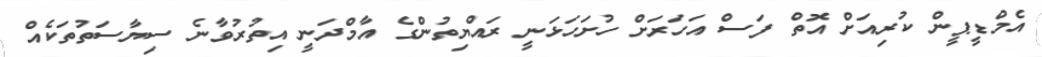
އެމްޑީޕީން ކުރިއަށް އޮތް ފަސް އަހަރަށް ހުށަހަޅަނީ ރައްޔިތުންގެ އާމްދަނީ އިތުރުވާނެ ސިޔާސަތުތަކެއް